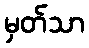
မှတ်သာ